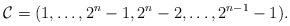
LaTeX: \begin{align*}\mathcal{C} = (1, \ldots, 2^n-1, 2^n-2, \ldots, 2^{n-1}-1).\end{align*}